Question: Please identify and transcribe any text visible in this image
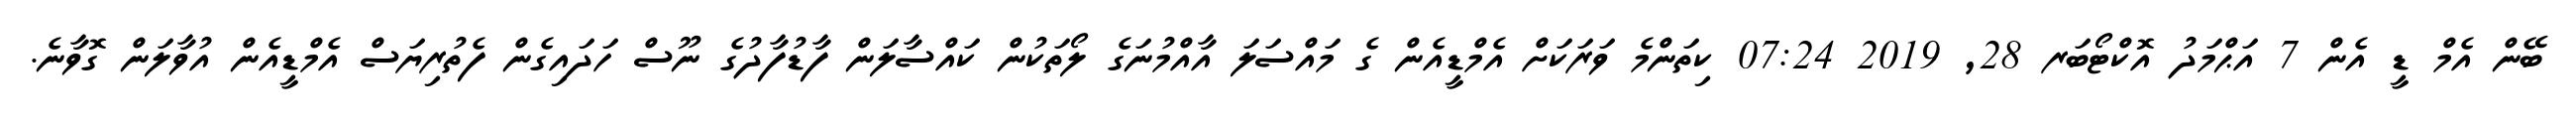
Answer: ބޭން އެމް ޑީ އެން 7 އަޙްމަދު އޮކްޓޯބަރ 28, 2019 07:24 ކިތަންމެ ވަރަކަށް އެމްޑީއެން ގެ މައްސަލަ އާއްމުނަގެ ލޯތަކުން ކައްސާލަން ފާޑުފާދުގެ ނޫސް ހަދައިގެން ފެތުރިޔަސް އެމްޑީއެން އުވާލަން ގޮވާނެ.